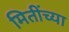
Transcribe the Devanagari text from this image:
मितींच्या